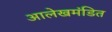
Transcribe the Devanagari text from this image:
आलेखमंडित